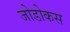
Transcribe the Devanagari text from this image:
जोडोकस